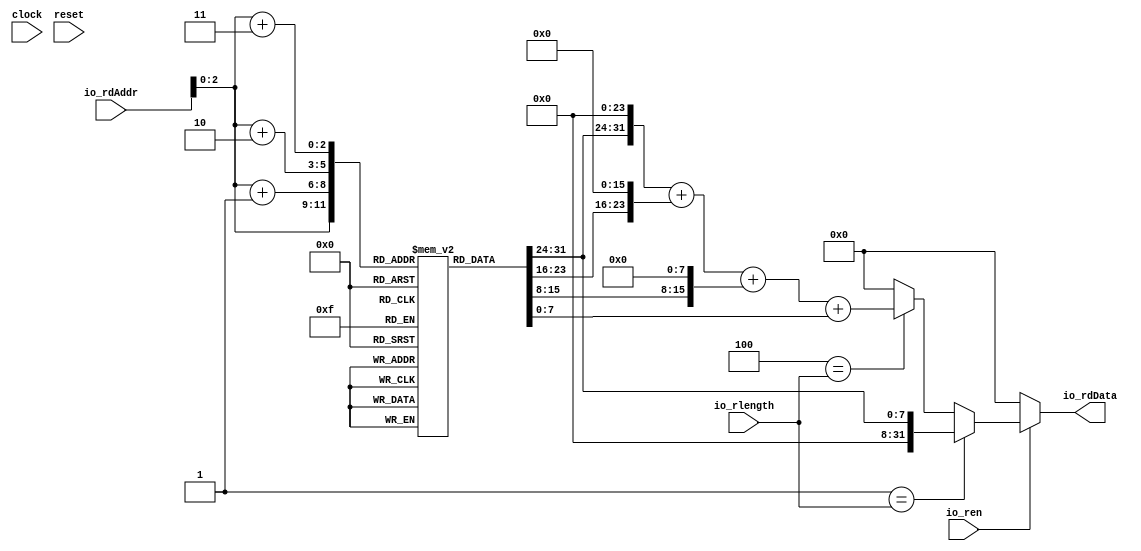
module Memory(
  input         clock,
  input         reset,
  input         io_ren,
  input  [3:0]  io_rlength,
  input  [3:0]  io_rdAddr,
  output [31:0] io_rdData
);
`ifdef RANDOMIZE_MEM_INIT
  reg [31:0] _RAND_0;
`endif // RANDOMIZE_MEM_INIT
  reg [7:0] Ram [0:7]; // @[mem.scala 14:18]
  wire  Ram_io_rdData_MPORT_en; // @[mem.scala 14:18]
  wire [2:0] Ram_io_rdData_MPORT_addr; // @[mem.scala 14:18]
  wire [7:0] Ram_io_rdData_MPORT_data; // @[mem.scala 14:18]
  wire  Ram_io_rdData_MPORT_1_en; // @[mem.scala 14:18]
  wire [2:0] Ram_io_rdData_MPORT_1_addr; // @[mem.scala 14:18]
  wire [7:0] Ram_io_rdData_MPORT_1_data; // @[mem.scala 14:18]
  wire  Ram_io_rdData_MPORT_2_en; // @[mem.scala 14:18]
  wire [2:0] Ram_io_rdData_MPORT_2_addr; // @[mem.scala 14:18]
  wire [7:0] Ram_io_rdData_MPORT_2_data; // @[mem.scala 14:18]
  wire  Ram_io_rdData_MPORT_3_en; // @[mem.scala 14:18]
  wire [2:0] Ram_io_rdData_MPORT_3_addr; // @[mem.scala 14:18]
  wire [7:0] Ram_io_rdData_MPORT_3_data; // @[mem.scala 14:18]
  wire  Ram_io_rdData_MPORT_4_en; // @[mem.scala 14:18]
  wire [2:0] Ram_io_rdData_MPORT_4_addr; // @[mem.scala 14:18]
  wire [7:0] Ram_io_rdData_MPORT_4_data; // @[mem.scala 14:18]
  wire  _T = 4'h1 == io_rlength; // @[mem.scala 18:27]
  wire [31:0] _io_rdData_T_2 = {Ram_io_rdData_MPORT_1_data, 24'h0}; // @[mem.scala 23:45]
  wire [3:0] _io_rdData_T_4 = io_rdAddr + 4'h1; // @[mem.scala 23:65]
  wire [23:0] _io_rdData_T_6 = {Ram_io_rdData_MPORT_2_data, 16'h0}; // @[mem.scala 23:70]
  wire [31:0] _GEN_27 = {{8'd0}, _io_rdData_T_6}; // @[mem.scala 23:50]
  wire [31:0] _io_rdData_T_8 = _io_rdData_T_2 + _GEN_27; // @[mem.scala 23:50]
  wire [3:0] _io_rdData_T_10 = io_rdAddr + 4'h2; // @[mem.scala 23:90]
  wire [15:0] _io_rdData_T_12 = {Ram_io_rdData_MPORT_3_data, 8'h0}; // @[mem.scala 23:95]
  wire [31:0] _GEN_28 = {{16'd0}, _io_rdData_T_12}; // @[mem.scala 23:75]
  wire [31:0] _io_rdData_T_14 = _io_rdData_T_8 + _GEN_28; // @[mem.scala 23:75]
  wire [3:0] _io_rdData_T_16 = io_rdAddr + 4'h3; // @[mem.scala 23:114]
  wire [31:0] _GEN_29 = {{24'd0}, Ram_io_rdData_MPORT_4_data}; // @[mem.scala 23:99]
  wire [31:0] _io_rdData_T_19 = _io_rdData_T_14 + _GEN_29; // @[mem.scala 23:99]
  wire [31:0] _GEN_6 = 4'h4 == io_rlength ? _io_rdData_T_19 : 32'h0; // @[mem.scala 16:15 18:27 23:27]
  wire [31:0] _GEN_10 = 4'h1 == io_rlength ? {{24'd0}, Ram_io_rdData_MPORT_data} : _GEN_6; // @[mem.scala 18:27 20:27]
  wire  _GEN_13 = 4'h1 == io_rlength ? 1'h0 : 4'h4 == io_rlength; // @[mem.scala 14:18 18:27]
  assign Ram_io_rdData_MPORT_en = io_ren & _T;
  assign Ram_io_rdData_MPORT_addr = io_rdAddr[2:0];
  assign Ram_io_rdData_MPORT_data = Ram[Ram_io_rdData_MPORT_addr]; // @[mem.scala 14:18]
  assign Ram_io_rdData_MPORT_1_en = io_ren & _GEN_13;
  assign Ram_io_rdData_MPORT_1_addr = io_rdAddr[2:0];
  assign Ram_io_rdData_MPORT_1_data = Ram[Ram_io_rdData_MPORT_1_addr]; // @[mem.scala 14:18]
  assign Ram_io_rdData_MPORT_2_en = io_ren & _GEN_13;
  assign Ram_io_rdData_MPORT_2_addr = _io_rdData_T_4[2:0];
  assign Ram_io_rdData_MPORT_2_data = Ram[Ram_io_rdData_MPORT_2_addr]; // @[mem.scala 14:18]
  assign Ram_io_rdData_MPORT_3_en = io_ren & _GEN_13;
  assign Ram_io_rdData_MPORT_3_addr = _io_rdData_T_10[2:0];
  assign Ram_io_rdData_MPORT_3_data = Ram[Ram_io_rdData_MPORT_3_addr]; // @[mem.scala 14:18]
  assign Ram_io_rdData_MPORT_4_en = io_ren & _GEN_13;
  assign Ram_io_rdData_MPORT_4_addr = _io_rdData_T_16[2:0];
  assign Ram_io_rdData_MPORT_4_data = Ram[Ram_io_rdData_MPORT_4_addr]; // @[mem.scala 14:18]
  assign io_rdData = io_ren ? _GEN_10 : 32'h0; // @[mem.scala 16:15 17:17]
// Register and memory initialization
`ifdef RANDOMIZE_GARBAGE_ASSIGN
`define RANDOMIZE
`endif
`ifdef RANDOMIZE_INVALID_ASSIGN
`define RANDOMIZE
`endif
`ifdef RANDOMIZE_REG_INIT
`define RANDOMIZE
`endif
`ifdef RANDOMIZE_MEM_INIT
`define RANDOMIZE
`endif
`ifndef RANDOM
`define RANDOM $random
`endif
`ifdef RANDOMIZE_MEM_INIT
  integer initvar;
`endif
`ifndef SYNTHESIS
`ifdef FIRRTL_BEFORE_INITIAL
`FIRRTL_BEFORE_INITIAL
`endif
initial begin
  `ifdef RANDOMIZE
    `ifdef INIT_RANDOM
      `INIT_RANDOM
    `endif
    `ifndef VERILATOR
      `ifdef RANDOMIZE_DELAY
        #`RANDOMIZE_DELAY begin end
      `else
        #0.002 begin end
      `endif
    `endif
`ifdef RANDOMIZE_MEM_INIT
  _RAND_0 = {1{`RANDOM}};
  for (initvar = 0; initvar < 8; initvar = initvar+1)
    Ram[initvar] = _RAND_0[7:0];
`endif // RANDOMIZE_MEM_INIT
  `endif // RANDOMIZE
end // initial
`ifdef FIRRTL_AFTER_INITIAL
`FIRRTL_AFTER_INITIAL
`endif
`endif // SYNTHESIS
endmodule